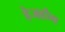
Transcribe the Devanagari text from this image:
हेजहौग